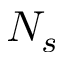
N _ { s }